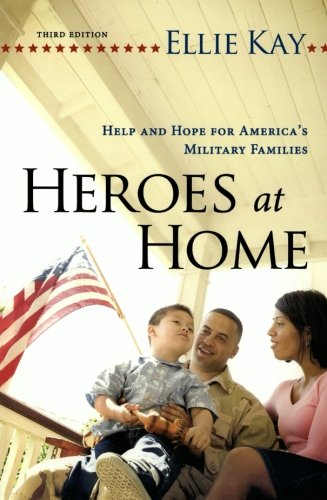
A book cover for Heroes at Home: Help and Hope for America's Military Families; Ellie Kay; Parenting & Relationships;